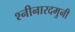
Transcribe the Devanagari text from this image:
श्नीनारदमुनी